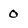
Character: 0